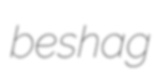
beshag